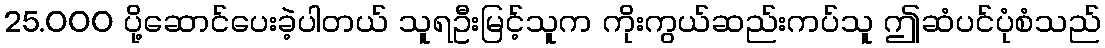
25.000 ပို့ဆောင်ပေးခဲ့ပါတယ် သူရဦးမြင့်သူက ကိုးကွယ်ဆည်းကပ်သူ ဤဆံပင်ပုံစံသည်